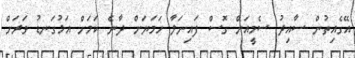
އޭގެއިތުން ސާއިދު ސެމީއަށް ގޮސް ފައިނަލާ ހަމަޔަށް ދާނެ ކަމަށް އަޅުގަނޑު ވަރަށް